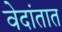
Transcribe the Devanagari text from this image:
वेदांतात